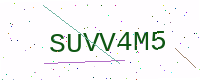
Text: SUVV4M5